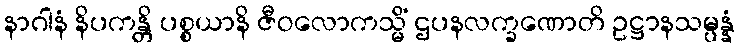
နာဂါနံ နိပကန္တိ ပစ္စယာနိ ဇီဝလောကသ္မိံ ဌပနလက္ခဏောတိ ဥဋ္ဌာနသမ္ပန္နံ